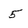
Character: 5